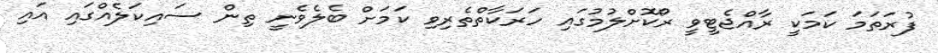
ފުރަތަމަ ކަމަކީ ރާއްޖެޓީވީ ރޯކޮށްލުމުގައި ހަރަކާތްތެރިވި ކަމަށް ބެލެވެނީ ތިން ސައިކަލެއްގައި އައި